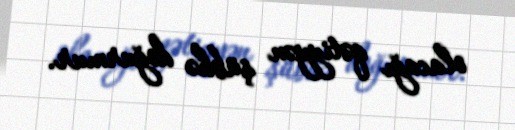
olacağı qətiyyən şübhə doğurmur.